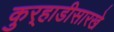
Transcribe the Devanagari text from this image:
कुर्‍हाडीसारखे